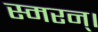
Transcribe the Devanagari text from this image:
स्मरन्‌।